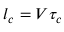
l _ { c } = V \tau _ { c }